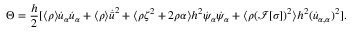
\Theta = \frac { h } { 2 } [ \langle \rho \rangle \dot { u } _ { \alpha } \dot { u } _ { \alpha } + \langle \rho \rangle \dot { \bar { u } } ^ { 2 } + \langle \rho \zeta ^ { 2 } + 2 \rho \alpha \rangle h ^ { 2 } \dot { \psi } _ { \alpha } \dot { \psi } _ { \alpha } + \langle \rho ( \mathcal { I } [ \sigma ] ) ^ { 2 } \rangle h ^ { 2 } ( \dot { u } _ { \alpha , \alpha } ) ^ { 2 } ] .